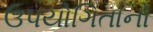
ઉપયોગિતાનો